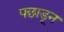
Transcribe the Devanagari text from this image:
पछाडून